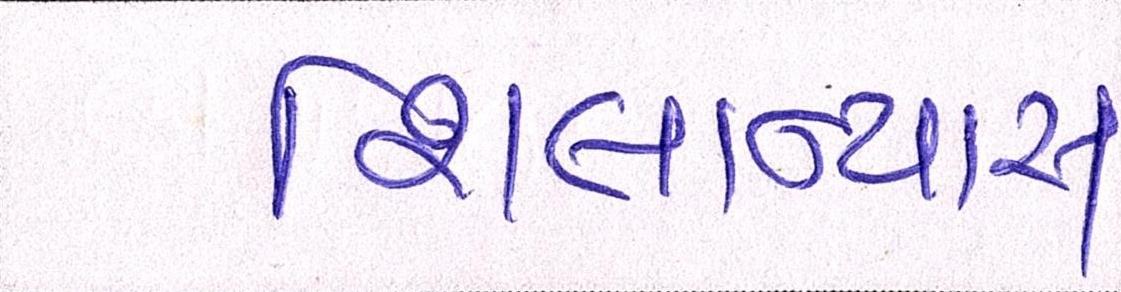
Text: શિલાન્યાસ